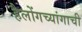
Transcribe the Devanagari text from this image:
हैलोंगच्यांगाची